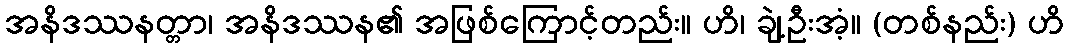
အနိဒဿနတ္တာ၊ အနိဒဿန၏ အဖြစ်ကြောင့်တည်း။ ဟိ၊ ချဲ့ဦးအံ့။ (တစ်နည်း) ဟိ